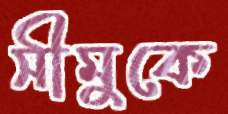
সীমুকে